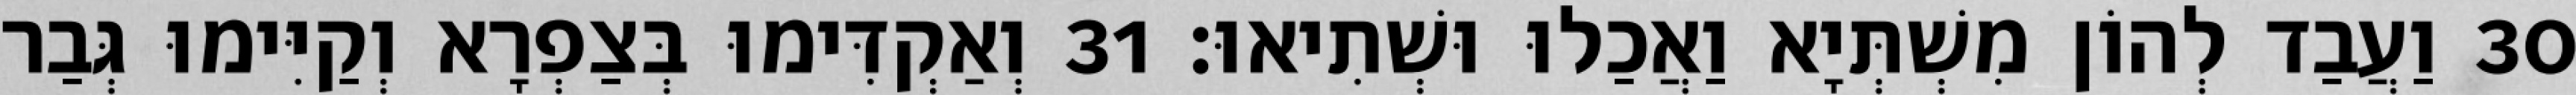
30 וַעֲבַד לְהוֹן מִשְׁתְּיָא וַאֲכַלוּ וּשְׁתִיאוּ׃ 31 וְאַקְדִּימוּ בְּצַפְרָא וְקַיִּימוּ גְּבַר